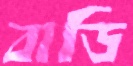
বাডি